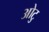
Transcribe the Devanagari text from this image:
ओटु